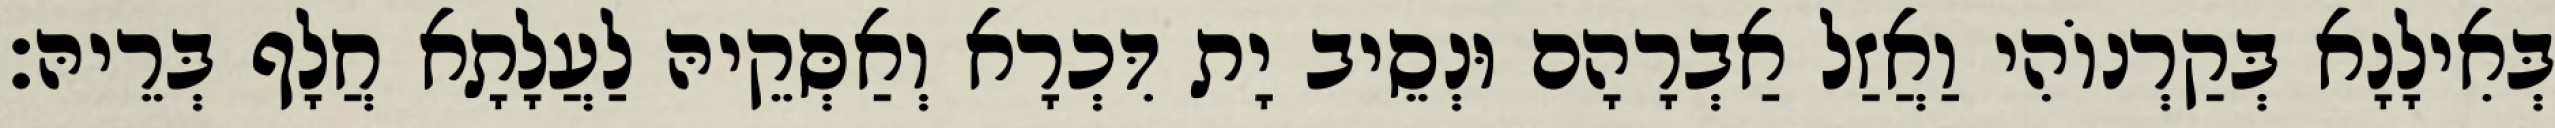
בְּאִילָנָא בְּקַרְנוֹהִי וַאֲזַל אַבְרָהָם וּנְסֵיב יָת דִּכְרָא וְאַסְּקֵיהּ לַעֲלָתָא חֲלָף בְּרֵיהּ׃